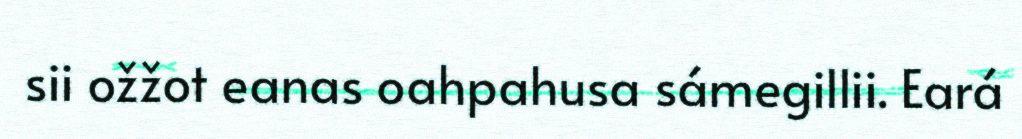
sii ožžot eanas oahpahusa sámegillii. Eará